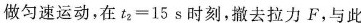
做匀速运动，在$$t _ { 2 } = 1 5 s$$时刻，撤去拉力F，与此